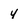
Character: 4